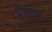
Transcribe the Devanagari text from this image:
प्रीकावस